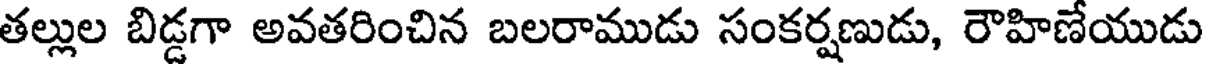
తల్లుల బిడ్డగా అవతరించిన బలరాముడు సంకర్షణుడు, రౌహిణేయుడు